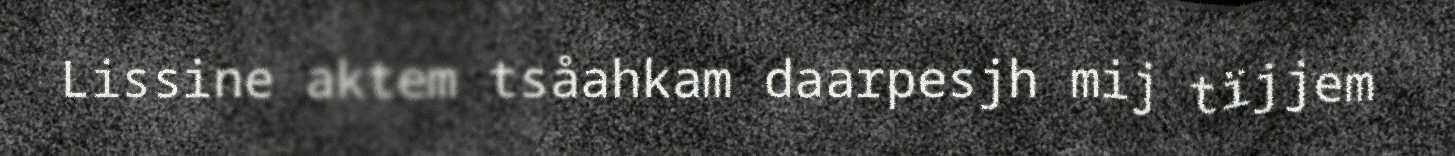
Lissine aktem tsåahkam daarpesjh mij tïjjem